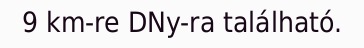
9 km-re DNy-ra található.